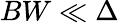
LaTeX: BW\ll\Delta